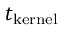
t _ { \mathrm { k e r n e l } }